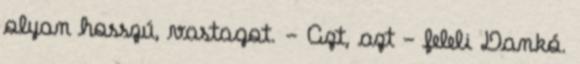
olyan hosszú, vastagot. - Azt, azt - feleli Dankó.